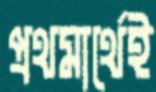
প্রথমার্থেই